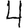
Digit: 4